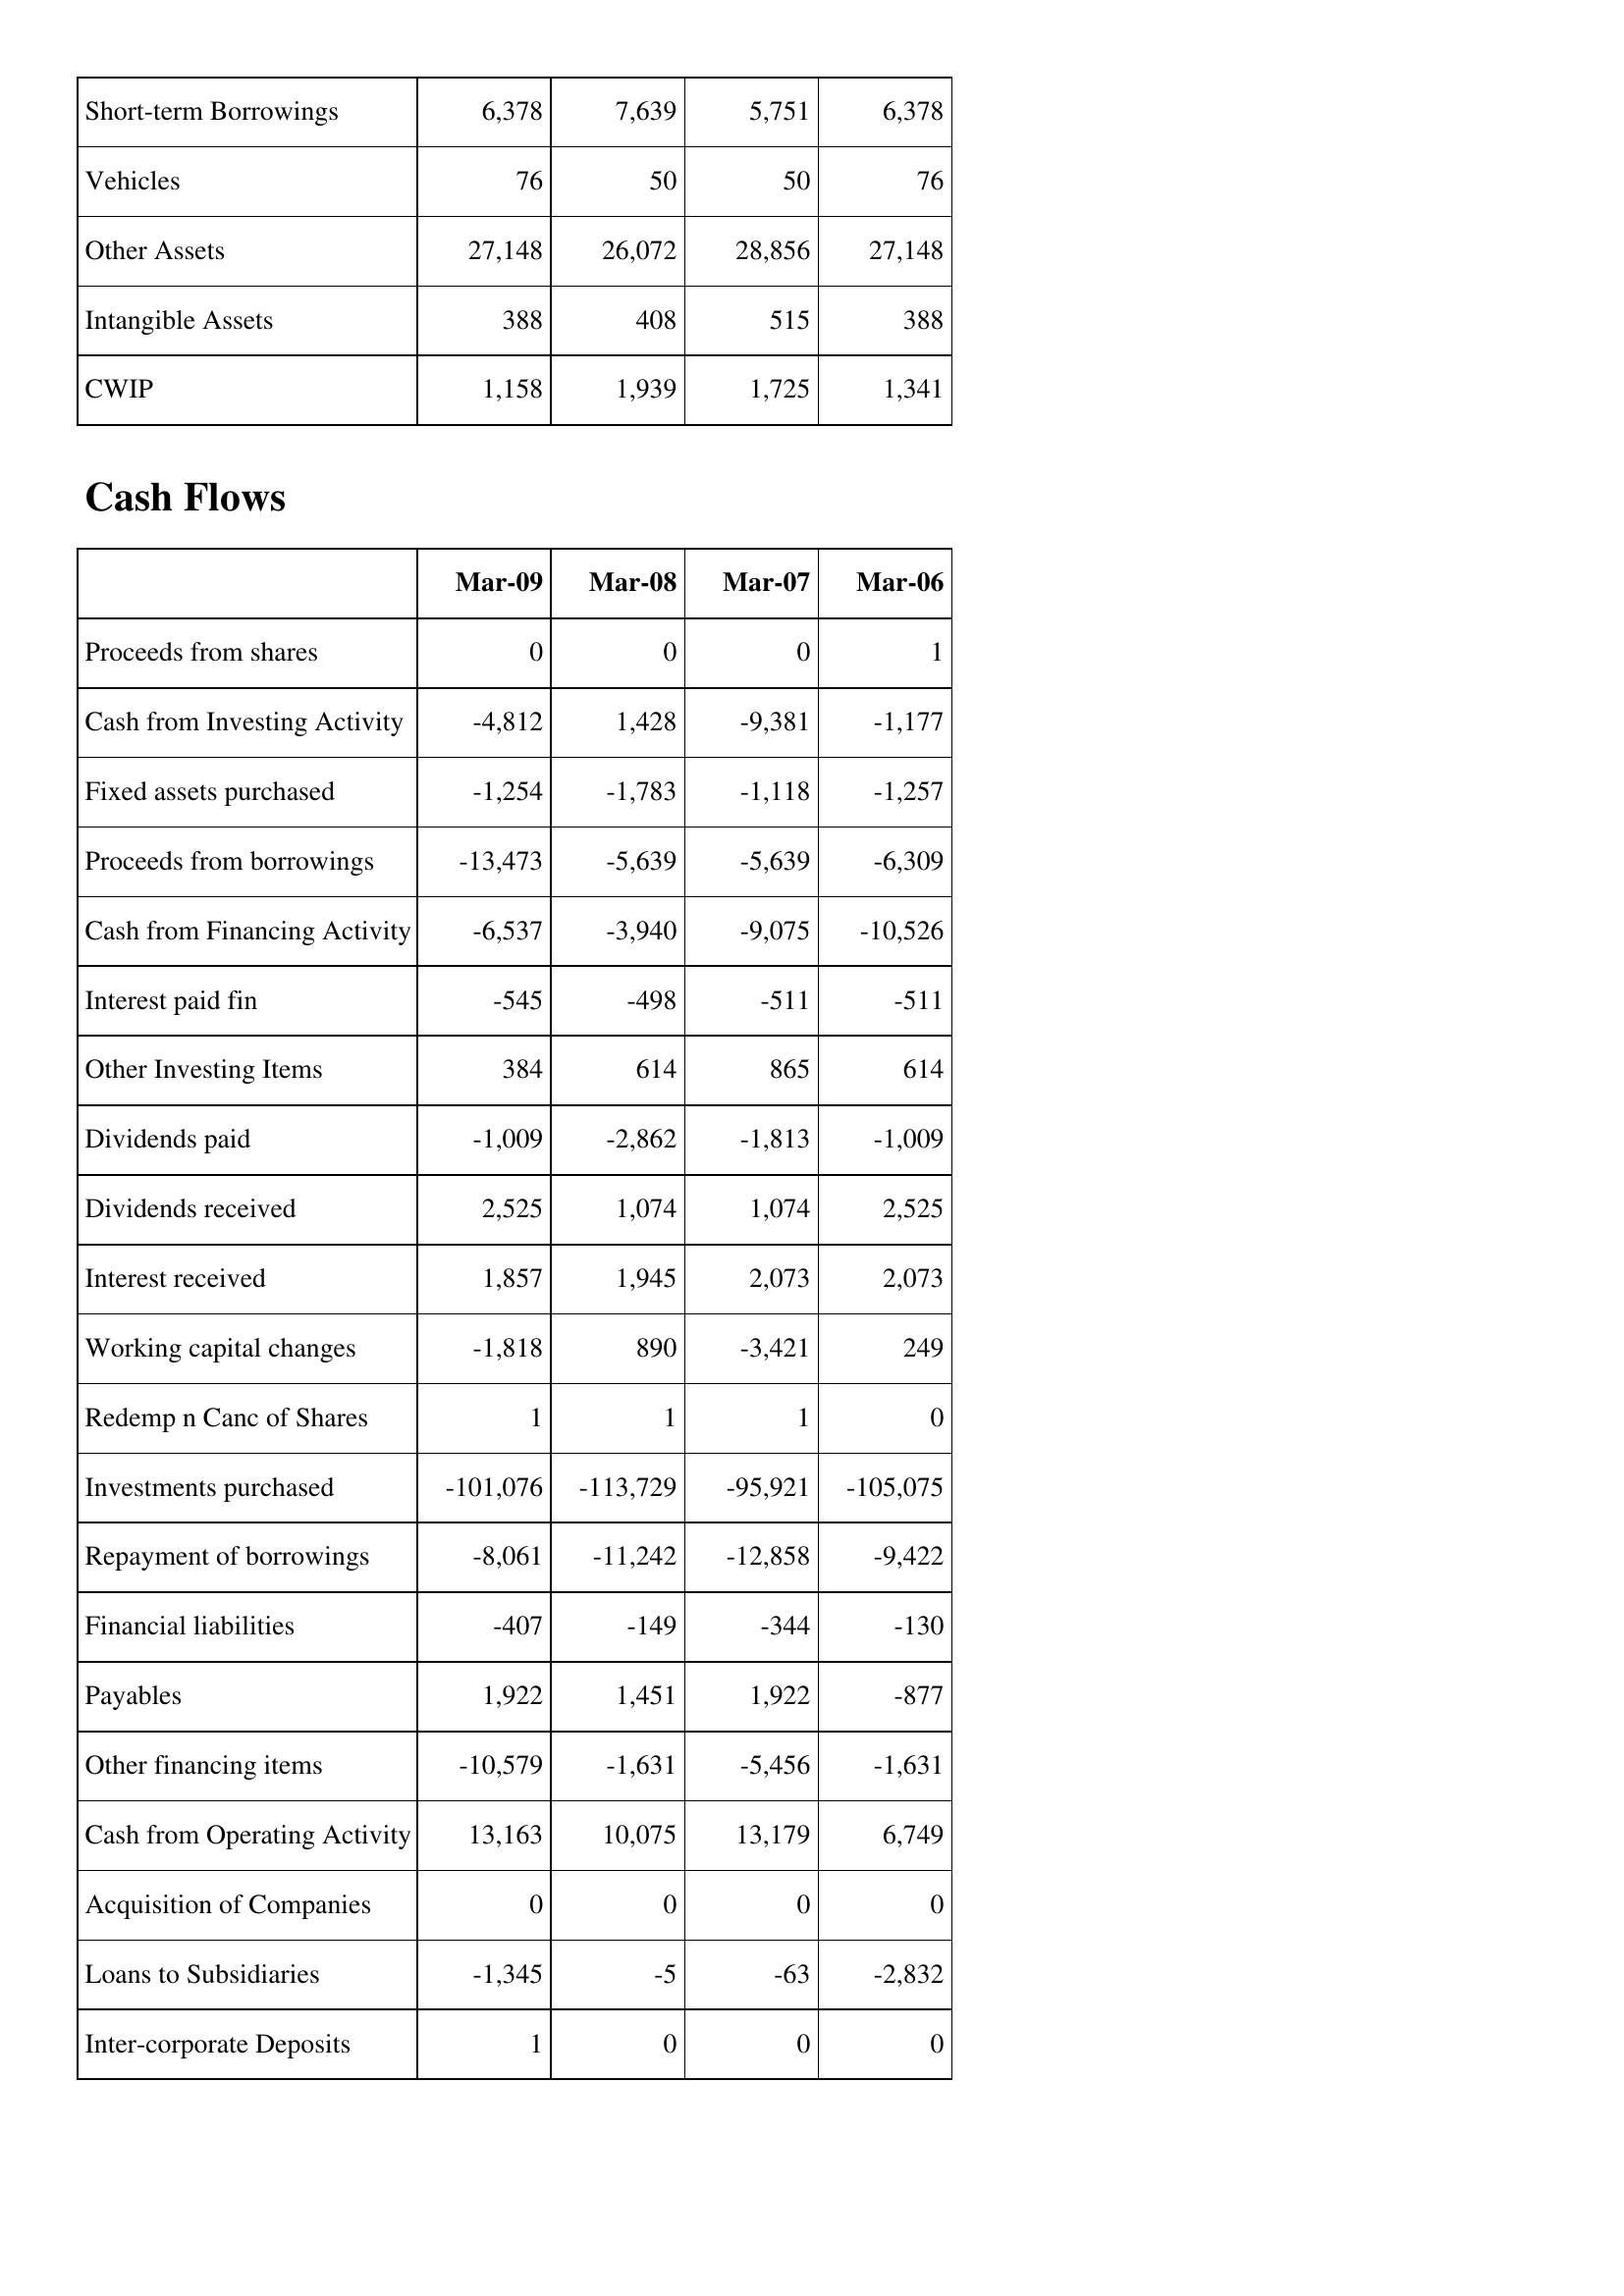
Mar-09: Balance Sheet: Short-term Borrowings: 6,378
Vehicles: 76
Other Assets: 27,148
Intangible Assets: 388
CWIP: 1,158
Cash Flows: Proceeds from shares: 0
Cash from Investing Activity: -4,812
Fixed assets purchased: -1,254
Proceeds from borrowings: -13,473
Cash from Financing Activity: -6,537
Interest paid fin: -545
Other Investing Items: 384
Dividends paid: -1,009
Dividends received: 2,525
Interest received: 1,857
Working capital changes: -1,818
Redemp n Canc of Shares: 1
Investments purchased: -101,076
Repayment of borrowings: -8,061
Financial liabilities: -407
Payables: 1,922
Other financing items: -10,579
Cash from Operating Activity: 13,163
Acquisition of Companies: 0
Loans to Subsidiaries: -1,345
Inter-corporate Deposits: 1
Mar-08: Balance Sheet: Short-term Borrowings: 7,639
Vehicles: 50
Other Assets: 26,072
Intangible Assets: 408
CWIP: 1,939
Cash Flows: Proceeds from shares: 0
Cash from Investing Activity: 1,428
Fixed assets purchased: -1,783
Proceeds from borrowings: -5,639
Cash from Financing Activity: -3,940
Interest paid fin: -498
Other Investing Items: 614
Dividends paid: -2,862
Dividends received: 1,074
Interest received: 1,945
Working capital changes: 890
Redemp n Canc of Shares: 1
Investments purchased: -113,729
Repayment of borrowings: -11,242
Financial liabilities: -149
Payables: 1,451
Other financing items: -1,631
Cash from Operating Activity: 10,075
Acquisition of Companies: 0
Loans to Subsidiaries: -5
Inter-corporate Deposits: 0
Mar-07: Balance Sheet: Short-term Borrowings: 5,751
Vehicles: 50
Other Assets: 28,856
Intangible Assets: 515
CWIP: 1,725
Cash Flows: Proceeds from shares: 0
Cash from Investing Activity: -9,381
Fixed assets purchased: -1,118
Proceeds from borrowings: -5,639
Cash from Financing Activity: -9,075
Interest paid fin: -511
Other Investing Items: 865
Dividends paid: -1,813
Dividends received: 1,074
Interest received: 2,073
Working capital changes: -3,421
Redemp n Canc of Shares: 1
Investments purchased: -95,921
Repayment of borrowings: -12,858
Financial liabilities: -344
Payables: 1,922
Other financing items: -5,456
Cash from Operating Activity: 13,179
Acquisition of Companies: 0
Loans to Subsidiaries: -63
Inter-corporate Deposits: 0
Mar-06: Balance Sheet: Short-term Borrowings: 6,378
Vehicles: 76
Other Assets: 27,148
Intangible Assets: 388
CWIP: 1,341
Cash Flows: Proceeds from shares: 1
Cash from Investing Activity: -1,177
Fixed assets purchased: -1,257
Proceeds from borrowings: -6,309
Cash from Financing Activity: -10,526
Interest paid fin: -511
Other Investing Items: 614
Dividends paid: -1,009
Dividends received: 2,525
Interest received: 2,073
Working capital changes: 249
Redemp n Canc of Shares: 0
Investments purchased: -105,075
Repayment of borrowings: -9,422
Financial liabilities: -130
Payables: -877
Other financing items: -1,631
Cash from Operating Activity: 6,749
Acquisition of Companies: 0
Loans to Subsidiaries: -2,832
Inter-corporate Deposits: 0